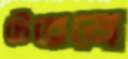
টেরেনে